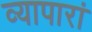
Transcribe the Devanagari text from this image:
व्यापारां